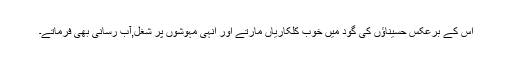
اس کے برعکس حسیناؤں کی گود میں خوب کلکاریاں مارتے اور انہی مہوشوں پر شغل,آب رسانی بھی فرماتے۔